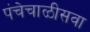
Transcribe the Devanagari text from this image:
पंचेचाळीसवा